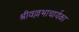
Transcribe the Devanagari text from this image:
श्रीवल्लभाचार्यका